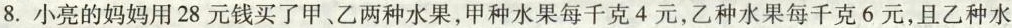
8.小亮的妈妈用28元钱买了甲乙两种水果，甲种水果每千克4元，乙种水果每千克6元，且乙种水